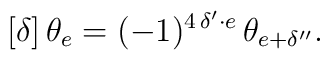
[\delta]\,\theta_e=(-1)^{4\,\delta'\cdot e}\,\theta_{e+\delta''}.